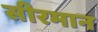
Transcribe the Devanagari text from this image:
सीरमान